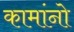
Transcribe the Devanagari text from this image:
कामांनो